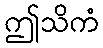
ဤသိကံ